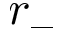
r _ { - }